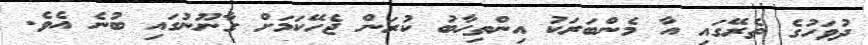
ދުވަހުގެ ތެރޭގައި އާ މެންބަރަކު އިންތިހާބު ކުރަން ޖެހޭކަމަށް ގާނޫނުގައި ބުނެ އެވެ.